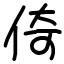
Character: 倚